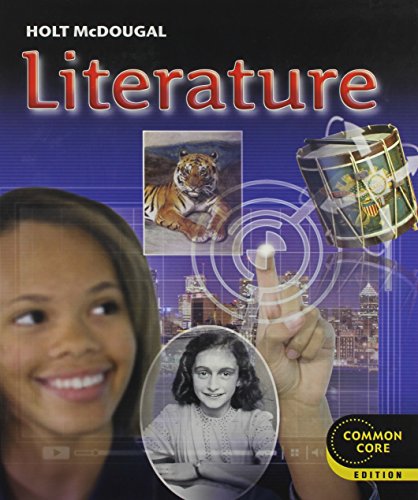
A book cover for Holt McDougal Literature: Student Edition Grade 8 2012; HOLT MCDOUGAL; Teen & Young Adult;